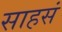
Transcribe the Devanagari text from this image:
साहसं